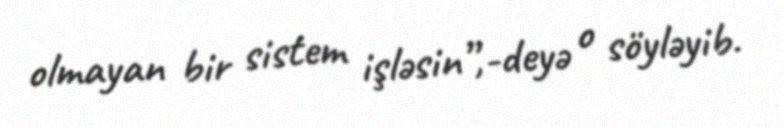
olmayan bir sistem işləsin”,-deyə o söyləyib.